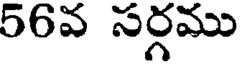
56వ సర్గము